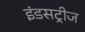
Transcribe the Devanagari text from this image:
इंडसट्रीज